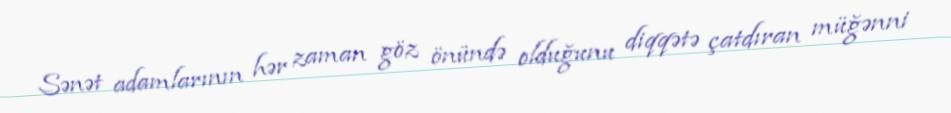
Sənət adamlarının hər zaman göz önündə olduğunu diqqətə çatdıran müğənni